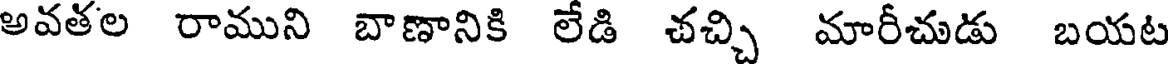
అవతల రాముని బాణానికి లేడి చచ్చి మారీచుడు బయట